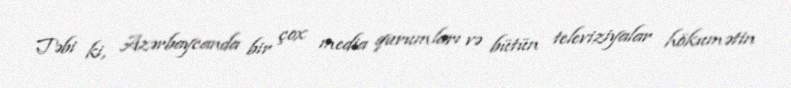
Təbi ki, Azərbaycanda bir çox media qurumları və bütün televiziyalar hökumətin